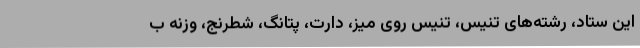
این ستاد، رشته‌های تنیس، تنیس روی میز، دارت، پتانگ، شطرنج، وزنه ب